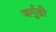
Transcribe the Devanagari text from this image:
बर्गुडी